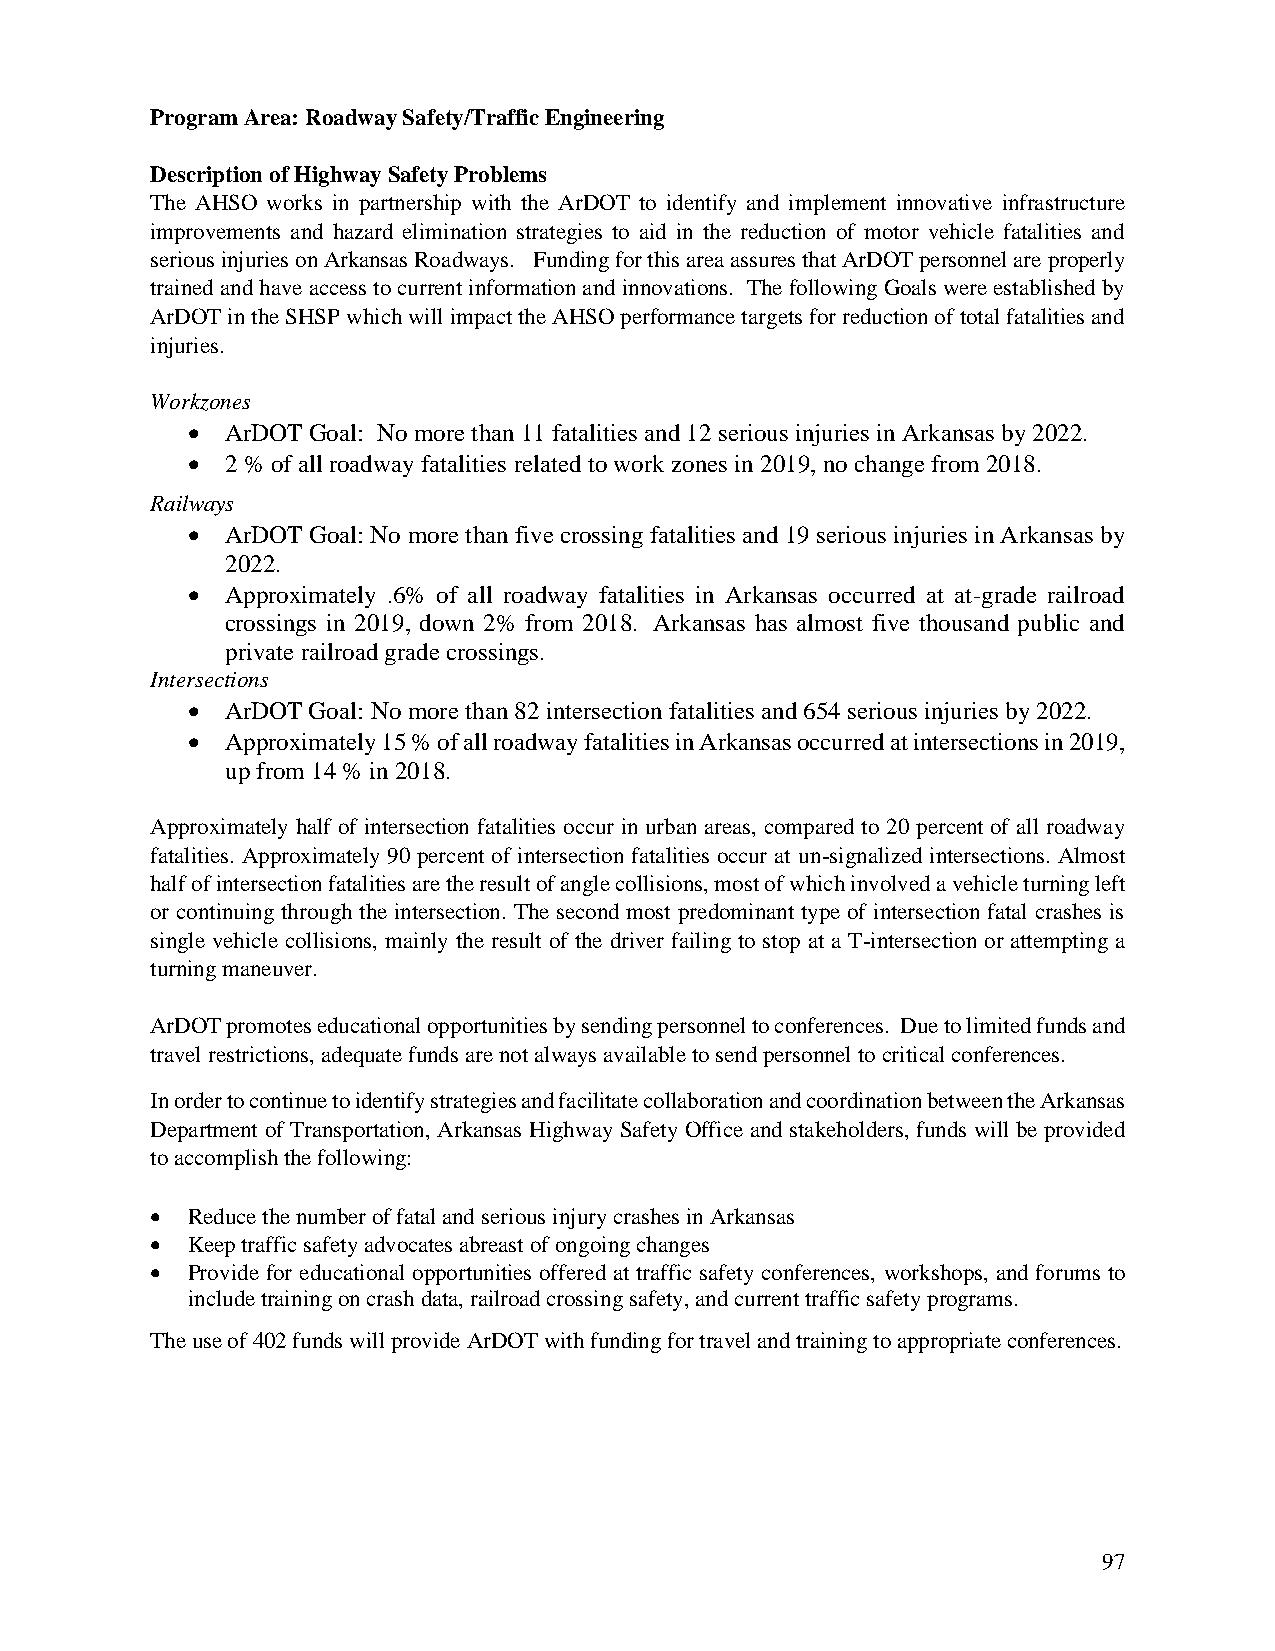
Program Area: Roadway Safety/Traffic Engineering
 Description of Highway Safety Problems
 The AHSO works in partnership with the ArDOT to identify and implement innovative infrastructure
 improvements and hazard elimination strategies to aid in the reduction of motor vehicle fatalities and
 serious injuries on Arkansas Roadways. Funding for this area assures that ArDOT personnel are properly
 trained and have access to current information and innovations. The following Goals were established by
 ArDOT in the SHSP which will impact the AHSO performance targets for reduction of total fatalities and
 injuries.
 Workzones
 •  ArDOT Goal: No more than 11 fatalities and 12 serious injuries in Arkansas by 2022.
 •  2 % of all roadway fatalities related to work zones in 2019, no change from 2018.
 Railways
 •  ArDOT Goal: No more than five crossing fatalities and 19 serious injuries in Arkansas by
 2022.
 •  Approximately .6% of all roadway fatalities in Arkansas occurred at at-grade railroad
 crossings in 2019, down 2% from 2018. Arkansas has almost five thousand public and
 private railroad grade crossings.
 Intersections
 •  ArDOT Goal: No more than 82 intersection fatalities and 654 serious injuries by 2022.
 •  Approximately 15 % of all roadway fatalities in Arkansas occurred at intersections in 2019,
 up from 14 % in 2018.
 Approximately half of intersection fatalities occur in urban areas, compared to 20 percent of all roadway
 fatalities. Approximately 90 percent of intersection fatalities occur at un-signalized intersections. Almost
 half of intersection fatalities are the result of angle collisions, most of which involved a vehicle turning left
 or continuing through the intersection. The second most predominant type of intersection fatal crashes is
 single vehicle collisions, mainly the result of the driver failing to stop at a T-intersection or attempting a
 turning maneuver.
 ArDOT promotes educational opportunities by sending personnel to conferences. Due to limited funds and
 travel restrictions, adequate funds are not always available to send personnel to critical conferences.
 In order to continue to identify strategies and facilitate collaboration and coordination between the Arkansas
 Department of Transportation, Arkansas Highway Safety Office and stakeholders, funds will be provided
 to accomplish the following:
 • Reduce the number of fatal and serious injury crashes in Arkansas
 • Keep traffic safety advocates abreast of ongoing changes
 • Provide for educational opportunities offered at traffic safety conferences, workshops, and forums to
 include training on crash data, railroad crossing safety, and current traffic safety programs.
 The use of 402 funds will provide ArDOT with funding for travel and training to appropriate conferences.
 97